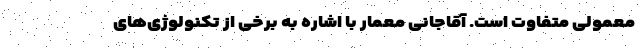
معمولی متفاوت است. آقاجانی معمار با اشاره به برخی از تکنولوژی‌های